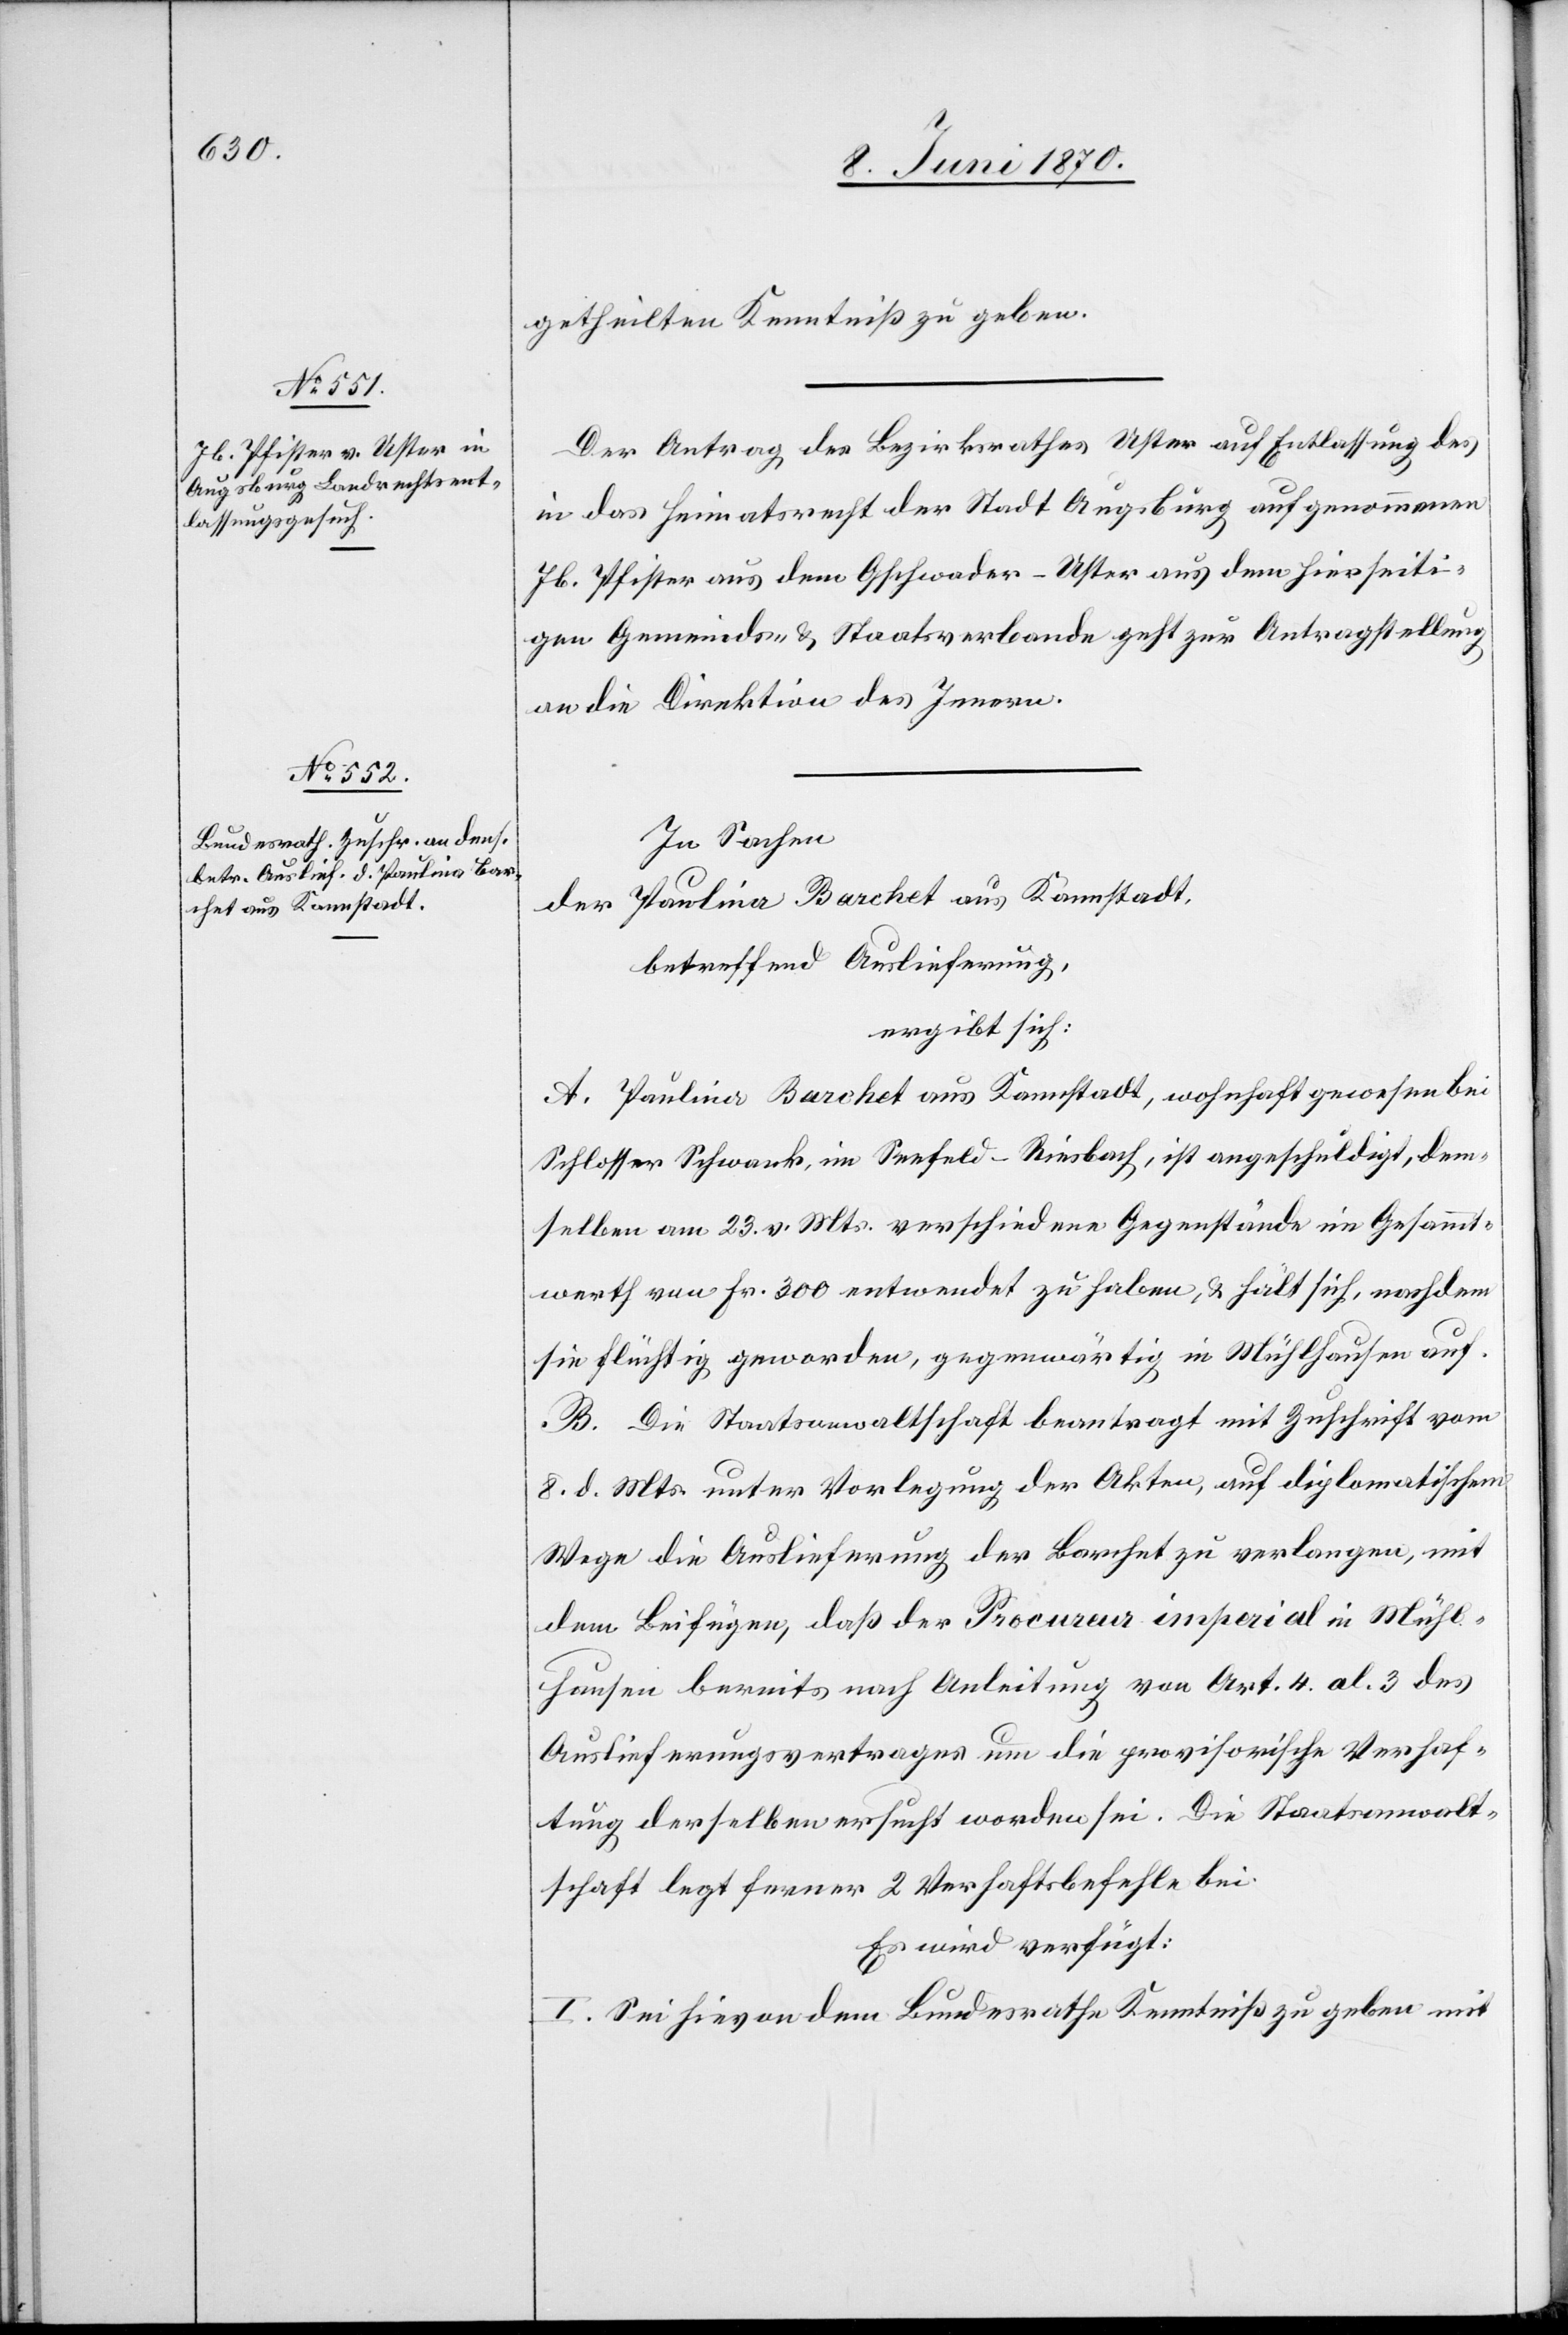
8. Juni 1870.]
getheilten Kenntniß zu geben.
Der Antrag des Bezirksrathes Uster auf Entlassung des
in das Heimatsrecht der Stadt Augsburg aufgenommene
Jb. Pfister aus dem Gschwader - Uster aus dem hierseiti¬
gen Gemeinds- & Staatsverbande geht zur Antragstellung
an die Direktion des Innern.
In Sachen
Paulina Barchet aus Kamstadt,
der
betreffend Auslieferung,
ergibt sich:
A. Paulina Barchet aus Kampstadt, wohnhaft gewesen bei
Schlosser Schwank, im Seefeld - Riesbach, ist angeschuldigt, dem¬
selben am 23. v. Mts. verschiedene Gegenstände im Gesammt¬
werth von Fr. 300 entwendet zu haben, & hält sich, nachdem
sie flüchtig geworden, gegenwärtig in Mühlhausen auf.
B. Die Staatsanwaltschaft beantragt mit Zuschrift vom
8. d. Mts. unter Vorlegung der Akten, auf diplomatischem
Wege die Auslieferung der Barchet zu verlangen, mit
dem Beifügen, daß der Procureur imperial in Mühl¬
hausen bereits nach Anleitung von Art. 4 al. 3 des
Auslieferungsvertrages um die provisorische Verhaf¬
tung derselben ersucht worden sei. Die Staatsanwalt¬
schaft legt ferner 2 Verhaftsbefehle bei.
Es wird verfügt:
I. Sei hievon dem Bundesrathe Kenntniß zu geben mit